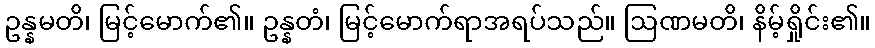
ဥန္နမတိ၊ မြင့်မောက်၏။ ဥန္နတံ၊ မြင့်မောက်ရာအရပ်သည်။ ဩဏမတိ၊ နိမ့်ရှိုင်း၏။